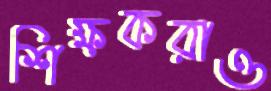
শিক্ষকরাও